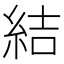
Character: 結